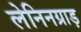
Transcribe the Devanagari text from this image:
लेनिनग्राड़